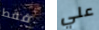
فقط علي